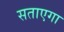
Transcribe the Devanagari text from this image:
सताएगा